Madras plague regulations in force outside the Presidency town - Volume 5
Disease focus: Plague
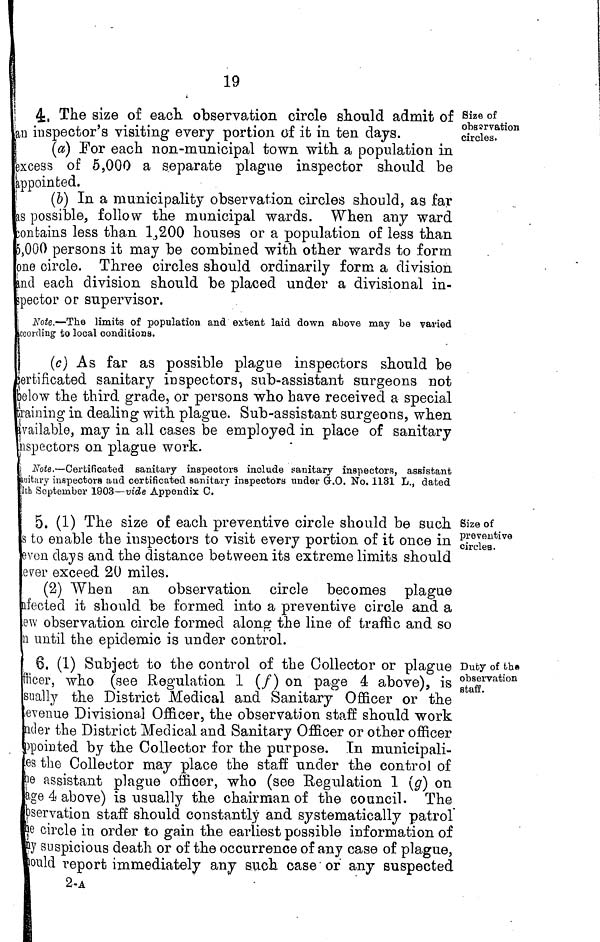
19
Size of
observation
circles.
4, The size of each observation circle should admit of
an inspector's visiting every portion of it in ten days.
(a) For each non-municipal town with a population in
excess of 5,000 a separate plague inspector should be
appointed.
i
(6) In a municipality observation circles should, as far
as possible, follow the municipal wards. When any ward
ton tains less than 1,200 houses or a population of less than
5,000 persons it may be combined with other wards to form
one circle. Three circles should ordinarily form a division
and each division should be placed under a divisional in-
spector or supervisor.
Note.—The limits of population and extent laid down above may be varied
according to local conditions.
(c) As far as possible plague inspectors should be
certificated sanitary inspectors, sub-assistant surgeons not
below the third grade, or persons who have received a special
training in dealing with plague. Sub-assistant surgeons, when
available, may in all cases be employed in place of sanitary
inspectors on plague work.
Note.—Certificated sanitary inspectors include sanitary inspectors, assistant
auitary inspectors and certificated sanitary inspectors under G-.O. No. 1131 L., dated
4th September 1903—vide Appendix C.
Size of
preventive
circles.
5. (1) The size of each preventive circle should be such
to enable the inspectors to visit every portion of it once in
seven days and the distance between its extreme limits should
ever exceed 20 miles.
(2) When an observation circle becomes plague
afected it should be formed into a preventive circle and a
few observation circle formed along the line of traffic and so
on until the epidemic is under control.
Duty of th»
observation
staff.
6. (1) Subject to the control of the Collector or plague
officer, who (see Regulation 1 (f) on page 4 above), is
usually the District Medical and Sanitary Officer or the
Revenue Divisional Officer, the observation staff should work
officer the District Medical and Sanitary Officer or other officer
pointed by the Collector for the purpose. In municipali-
ties the Collector may place the staff under the control of
the assistant plague officer, who (see Regulation 1 (g) on
age 4 above) is usually the chairman of the council. The
observation staff should constantly and systematically patrol
the circle in order to gain the earliest possible information of
any suspicious death or of the occurrence of any case of plague,
could report immediately any such case or any suspected
2-A